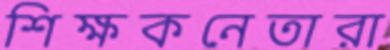
শিক্ষকনেতারা